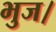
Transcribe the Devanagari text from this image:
भुज।